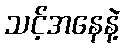
သင့်အနေနဲ့